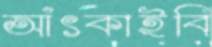
আঁৎকাইবি